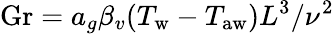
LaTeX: \mathrm{Gr}={a_{g}\beta_{v}(T_{\mathrm{w}}-T_{\mathrm{aw}})L^{3}}/{\nu^{2}}